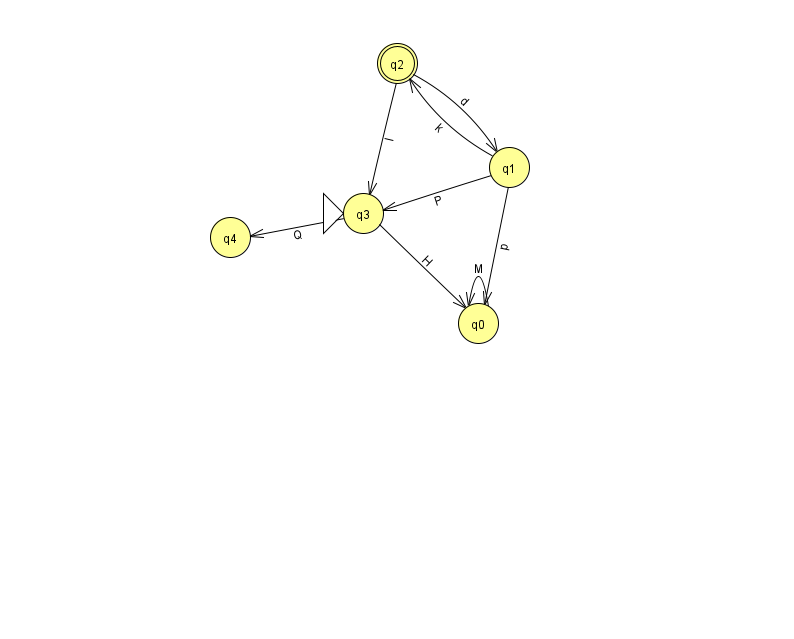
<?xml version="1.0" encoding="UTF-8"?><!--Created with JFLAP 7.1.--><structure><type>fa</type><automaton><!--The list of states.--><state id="0" name="q0"><x>478.0</x><y>310.0</y></state><state id="1" name="q1"><x>509.0</x><y>154.0</y></state><state id="2" name="q2"><x>397.0</x><y>50.0</y><final/></state><state id="3" name="q3"><x>363.0</x><y>200.0</y><initial/></state><state id="4" name="q4"><x>230.0</x><y>224.0</y></state><!--The list of transitions.--><transition><from>3</from><to>0</to><read>H</read></transition><transition><from>1</from><to>2</to><read>k</read></transition><transition><from>1</from><to>3</to><read>P</read></transition><transition><from>3</from><to>4</to><read>Q</read></transition><transition><from>2</from><to>3</to><read>l</read></transition><transition><from>1</from><to>0</to><read>p</read></transition><transition><from>0</from><to>0</to><read>M</read></transition><transition><from>2</from><to>1</to><read>d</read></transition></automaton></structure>